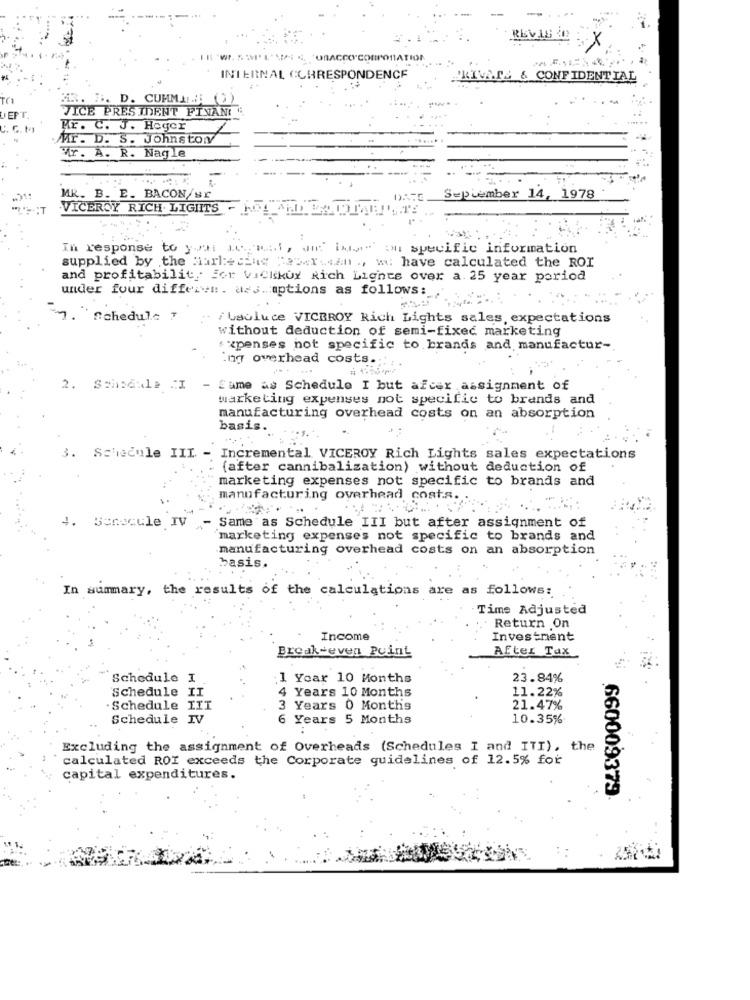
RESVAS 3
INTERNAL CORRESPONDENCE
PRIVATS & CONFIDENTIAL
B. D. CUMMIN !!
VICE PRESIDENT FINAN
Mr. C. J. Hoger
MMr. D. S. Johnstonv
Mr. A. R. Nagle
MR. B. E. BACON/sr
September 14, 1978
... T
VICEROY RICH. LIGHITS
In response to your logical, win balme on specific information
supplied by the Harl:+ cing "25xX an ., w: have calculated the ROI
and profitability For ViCkkur Rich Lights over a. 25 year period
under four differve. ass. options as follows:
M. Schedule "
:- / bauluce VICBROY Rich Lights sales, expectations
without deduction of semi-fixed marketing
. xpenses not specific to brands and manufactur-
Ring overhead costs ...
2. Schodule CI - Same as Schedule I but afcer assignment of
marketing expenses not specific to brands and
manufacturing overhead costs on an absorption
basis.
3. Schedule III - Incremental VICEROY Rich Lights sales expectations
(after cannibalization) without deduction of
marketing expenses not specific to brands and
. manufacturing overhead cost.s.
4.
Benscule IV
Same as Schedule III but after assignment of
"marketing expenses not specific to brands and
manufacturing overhead costs on an absorption
basis.
In summary, the results of the calculations are as follows:
Time Adjusted
Return On
Income
Investment
Break-even Point
After Tax
Schedule I
. 1 Year 10 Months
23.84%
Schedule II
4 Years 10 Months
11.22%
Schedule III
3 Years 0 Months
21.47%
Schedule IV
6 Years 5 Months
10.35%
Excluding the assignment of Overheads (Schedules I and ITI), the
calculated ROI exceeds the Corporate guidelines of 12.5% for
capital expenditures.
660009379